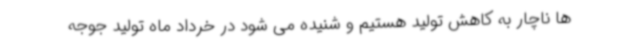
ها ناچار به کاهش تولید هستیم و شنیده می شود در خرداد ماه تولید جوجه